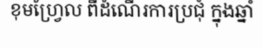
ខុមហ្វ្រែល ពីដំណើរការប្រជុំ ក្នុងឆ្នាំ